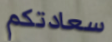
سعادتكم